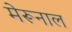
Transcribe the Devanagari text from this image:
मेरूनाल